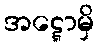
အဋ္ဋောမှိ